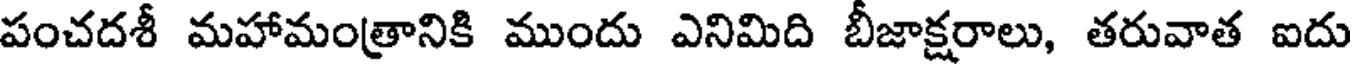
పంచదశీ మహామంత్రానికి ముందు ఎనిమిది బీజాక్షరాలు, తరువాత ఐదు